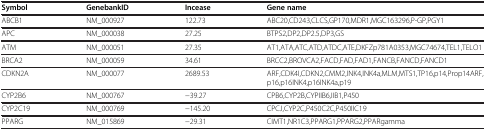
<table><thead><tr><td><b>Symbol</b></td><td><b>GenebankID</b></td><td><b>Incease</b></td><td><b>Gene name</b></td></tr></thead><tbody><tr><td>ABCB1</td><td>NM_000927</td><td>122.73</td><td>ABC20,CD243,CLCS,GP170,MDR1,MGC163296,P-GP,PGY1</td></tr><tr><td>APC</td><td>NM_000038</td><td>27.25</td><td>BTPS2,DP2,DP2.5,DP3,GS</td></tr><tr><td>ATM</td><td>NM_000051</td><td>27.35</td><td>AT1,ATA,ATC,ATD,ATDC,ATE,DKFZp781A0353,MGC74674,TEL1,TELO1</td></tr><tr><td>BRCA2</td><td>NM_000059</td><td>34.61</td><td>BRCC2,BROVCA2,FACD,FAD,FAD1,FANCB,FANCD,FANCD1</td></tr><tr><td>CDKN2A</td><td>NM_000077</td><td>2689.53</td><td>ARF,CDK4I,CDKN2,CMM2,INK4,INK4a,MLM,MTS1,TP16,p14,Prop14ARF,p16,p16INK4,p16INK4a,p19</td></tr><tr><td>CYP2B6</td><td>NM_000767</td><td>−39.27</td><td>CPB6,CYP2B,CYPIIB6,IIB1,P450</td></tr><tr><td>CYP2C19</td><td>NM_000769</td><td>−145.20</td><td>CPCJ,CYP2C,P450C2C,P450IIC19</td></tr><tr><td>PPARG</td><td>NM_015869</td><td>−29.31</td><td>CIMT1,NR1C3,PPARG1,PPARG2,PPARgamma</td></tr></tbody></table>